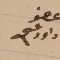
عضو داود عسى